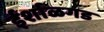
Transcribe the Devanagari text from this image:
ईर्शाळगड